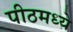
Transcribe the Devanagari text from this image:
पीठमध्ये